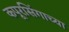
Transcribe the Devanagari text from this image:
कपूरसिंगाच्या